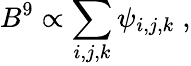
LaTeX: B^{9}\propto\sum_{i,j,k}\psi_{i,j,k}\; ,